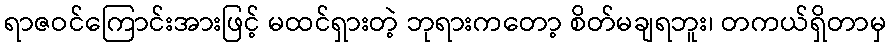
ရာဇဝင်ကြောင်းအားဖြင့် မထင်ရှားတဲ့ ဘုရားကတော့ စိတ်မချရဘူး၊ တကယ်ရှိတာမှ